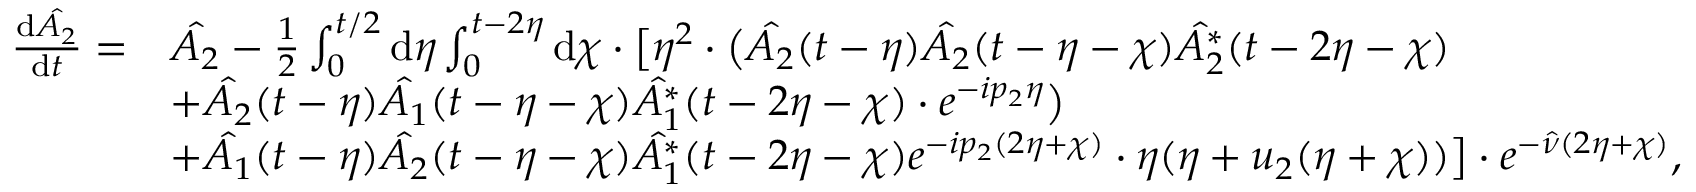
\begin{array} { r l } { \frac { \mathrm { d } \hat { A _ { 2 } } } { \mathrm { d } t } = } & { \hat { A _ { 2 } } - \frac { 1 } { 2 } \int _ { 0 } ^ { t / 2 } \mathrm { d } \eta \int _ { 0 } ^ { t - 2 \eta } \mathrm { d } \chi \cdot \bigl [ \eta ^ { 2 } \cdot \bigl ( \hat { A _ { 2 } } ( t - \eta ) \hat { A _ { 2 } } ( t - \eta - \chi ) \hat { A _ { 2 } ^ { * } } ( t - 2 \eta - \chi ) } \\ & { + \hat { A _ { 2 } } ( t - \eta ) \hat { A _ { 1 } } ( t - \eta - \chi ) \hat { A _ { 1 } ^ { * } } ( t - 2 \eta - \chi ) \cdot e ^ { - i p _ { 2 } \eta } \bigr ) } \\ & { + \hat { A _ { 1 } } ( t - \eta ) \hat { A _ { 2 } } ( t - \eta - \chi ) \hat { A _ { 1 } ^ { * } } ( t - 2 \eta - \chi ) e ^ { - i p _ { 2 } ( 2 \eta + \chi ) } \cdot \eta ( \eta + u _ { 2 } ( \eta + \chi ) ) \bigr ] \cdot e ^ { - \hat { \nu } ( 2 \eta + \chi ) } , } \end{array}